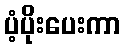
ပံ့ပိုးပေးကာ